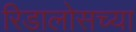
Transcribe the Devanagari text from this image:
रिडालोसच्या